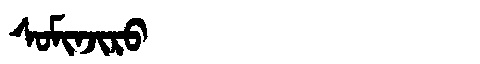
Manchu: ᠰᠣᠮᡳᠨᠵᡳᡵᠣ
Romanization: SOMINJIRO